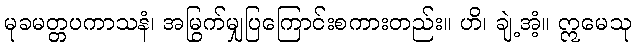
မုခမတ္တပကာသနံ၊ အမြွက်မျှပြကြောင်းစကားတည်း။ ဟိ၊ ချဲ့အံ့။ ဣမေသု